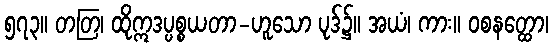
၅၇၃။ တတြ၊ ထိုဣဒပ္ပစ္စယတာ-ဟူသော ပုဒ်၌။ အယံ၊ ကား။ ဝစနတ္ထော၊